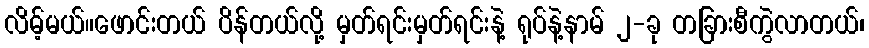
လိမ့်မယ်။ဖောင်းတယ် ပိန်တယ်လို့ မှတ်ရင်းမှတ်ရင်းနဲ့ ရုပ်နဲ့နာမ် ၂-ခု တခြားစီကွဲလာတယ်၊